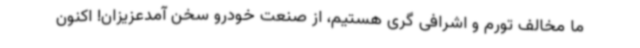
ما مخالف تورم و اشرافی گری هستیم، از صنعت خودرو سخن آمدعزیزان! اکنون